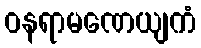
ဝနရာမဏေယျကံ